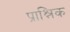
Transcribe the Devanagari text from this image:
प्राश्निक